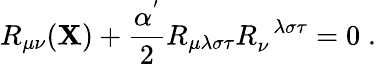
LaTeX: R_{\mu\nu}(\mathbf{X})+\frac{{\alpha^{'}}}{{2}}R_{\mu\lambda\sigma\tau}R_{\nu}^{\; \; \lambda\sigma\tau}=0\; .